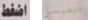
اضغط ديمبسي